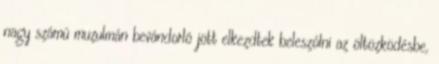
nagy számú muzulmán bevándorló jött elkezdtek beleszólni az öltözködésbe,